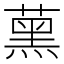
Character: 𦸽